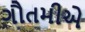
ગૌતમીએ